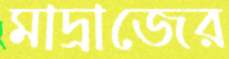
মাদ্রাজের